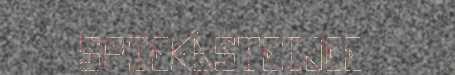
SPIEKÂSTEIJEE